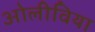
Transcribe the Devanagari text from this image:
ओलीविया